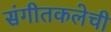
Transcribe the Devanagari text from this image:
संगीतकलेची